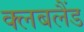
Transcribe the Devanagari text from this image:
क्लबलैंड